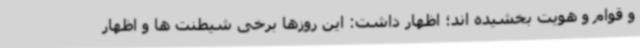
و قوام و هویت بخشیده اند؛ اظهار داشت: این روزها برخی شیطنت ها و اظهار